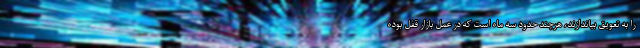
را به تعویق بیاندازند، هرچند حدود سه ماه است که در عمل بازار قفل بوده